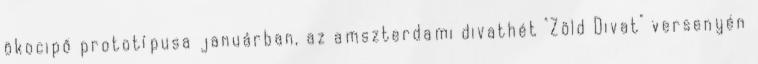
ökocipő prototípusa januárban, az amszterdami divathét "Zöld Divat" versenyén